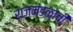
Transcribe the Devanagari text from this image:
राजमंडळाची